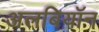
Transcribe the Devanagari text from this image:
अलबियॉन